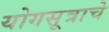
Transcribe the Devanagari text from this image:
योगसूत्राचे